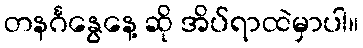
တနင်္ဂနွေနေ့ ဆို အိပ်ရာထဲမှာပါ။